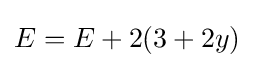
E=E+2(3+2y)